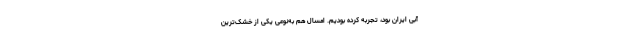
آبی ایران بود، تجربه کرده بودیم. امسال هم به‌نوعی یکی از خشک‌ترین